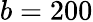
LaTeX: b=200